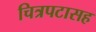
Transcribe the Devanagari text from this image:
चित्रपटासह